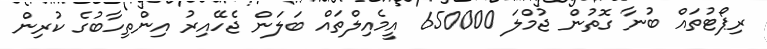
ރިޕޯޓުތައް ބުނާ ގޮތުން ޖުމްލަ 650000 އީމެއިލްތައް ބަލަން ޖެހޭއިރު އިންތިހާބުގެ ކުރިން